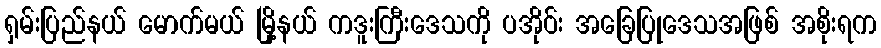
ရှမ်းပြည်နယ် မောက်မယ် မြို့နယ် ကဒူးကြီးဒေသကို ပအိုဝ်း အခြေပြုဒေသအဖြစ် အစိုးရက